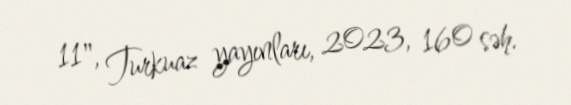
11", Turkuaz yayınları, 2023, 160 səh.